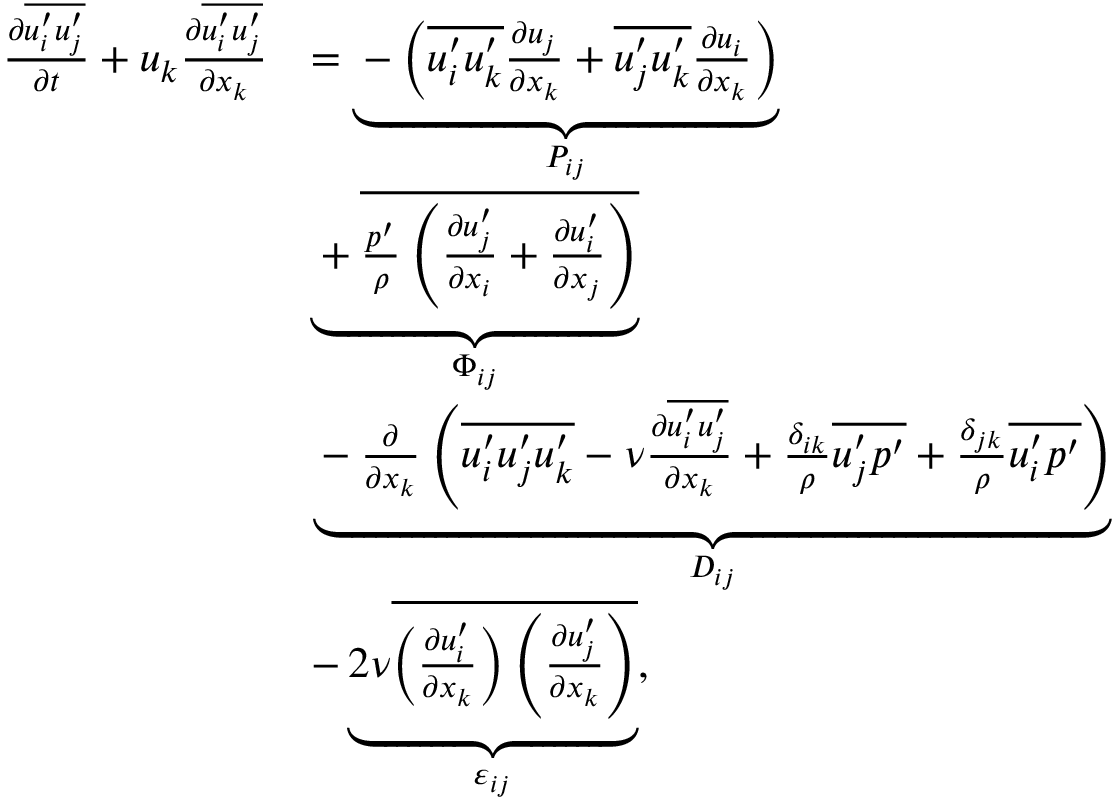
\begin{array} { r l } { \frac { \partial \overline { { u _ { i } ^ { \prime } u _ { j } ^ { \prime } } } } { \partial t } + u _ { k } \frac { \partial \overline { { u _ { i } ^ { \prime } u _ { j } ^ { \prime } } } } { \partial x _ { k } } } & { = \underbrace { - \left( \overline { { u _ { i } ^ { \prime } u _ { k } ^ { \prime } } } \frac { \partial u _ { j } } { \partial x _ { k } } + \overline { { u _ { j } ^ { \prime } u _ { k } ^ { \prime } } } \frac { \partial u _ { i } } { \partial x _ { k } } \right) } _ { P _ { i j } } } \\ & { \underbrace { + \overline { { \frac { p ^ { \prime } } { \rho } \left( \frac { \partial u _ { j } ^ { \prime } } { \partial x _ { i } } + \frac { \partial u _ { i } ^ { \prime } } { \partial x _ { j } } \right) } } } _ { \Phi _ { i j } } } \\ & { \underbrace { - \frac { \partial } { \partial x _ { k } } \left( \overline { { u _ { i } ^ { \prime } u _ { j } ^ { \prime } u _ { k } ^ { \prime } } } - \nu \frac { \partial \overline { { u _ { i } ^ { \prime } u _ { j } ^ { \prime } } } } { \partial x _ { k } } + \frac { \delta _ { i k } } { \rho } \overline { { u _ { j } ^ { \prime } p ^ { \prime } } } + \frac { \delta _ { j k } } { \rho } \overline { { u _ { i } ^ { \prime } p ^ { \prime } } } \right) } _ { D _ { i j } } } \\ & { - \underbrace { 2 \nu \overline { { \left( \frac { \partial u _ { i } ^ { \prime } } { \partial x _ { k } } \right) \left( \frac { \partial u _ { j } ^ { \prime } } { \partial x _ { k } } \right) } } } _ { \varepsilon _ { i j } } , } \end{array}